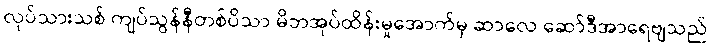
လုပ်သားသစ် ကျပ်သွန်နီတစ်ပိသာ မိဘအုပ်ထိန်းမှုအောက်မှ ဆာလေ ဆော်ဒီအာရေဗျသည်